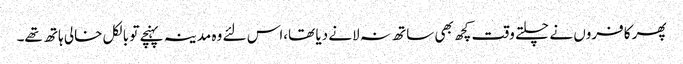
پھر کافروں نے چلتے وقت کچھ بھی ساتھ نہ لانے دیا تھا،اس لئے وہ مدینہ پہنچے تو بالکل خالی ہاتھ تھے۔